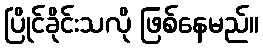
ပြိုင်ခိုင်းသလို ဖြစ်နေမည်။